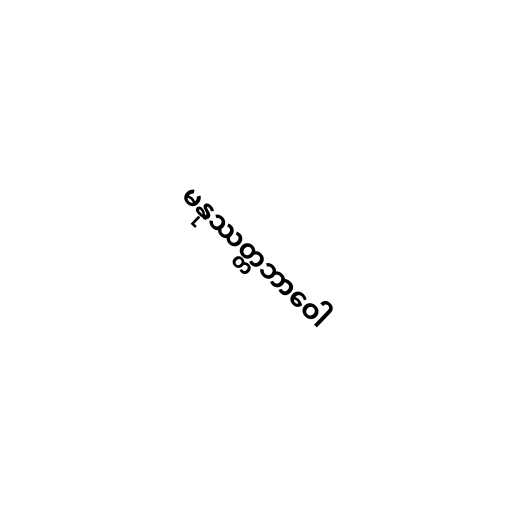
မနုဿတ္တဘာဝေါ